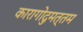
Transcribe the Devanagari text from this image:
कारागोदुमत्तम